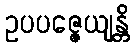
ဥပပဇ္ဇေယျန္တိ